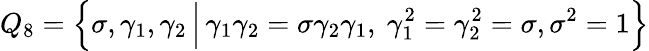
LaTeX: Q_{8}=\Big\{ \sigma,\gamma_{1},\gamma_{2}\, \Big|\, \gamma_{1}\gamma_{2}=\sigma\gamma_{2}\gamma_{1},~\gamma_{1}^{2}=\gamma_{2}^{2}=\sigma,\sigma^{2}=1\Big\}